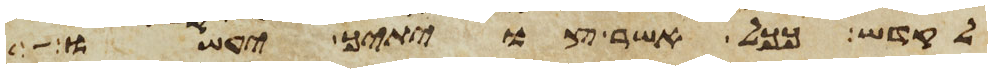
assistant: לקדש ככל אשר צויתיך יעשו